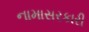
નામાસરકારી